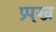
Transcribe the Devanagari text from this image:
प्र्पख